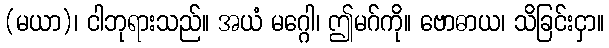
(မယာ)၊ ငါဘုရားသည်။ အယံ မဂ္ဂေါ၊ ဤမဂ်ကို။ ဗောဓာယ၊ သိခြင်းငှာ။